Civil Veterinary Department ledger series I-VI
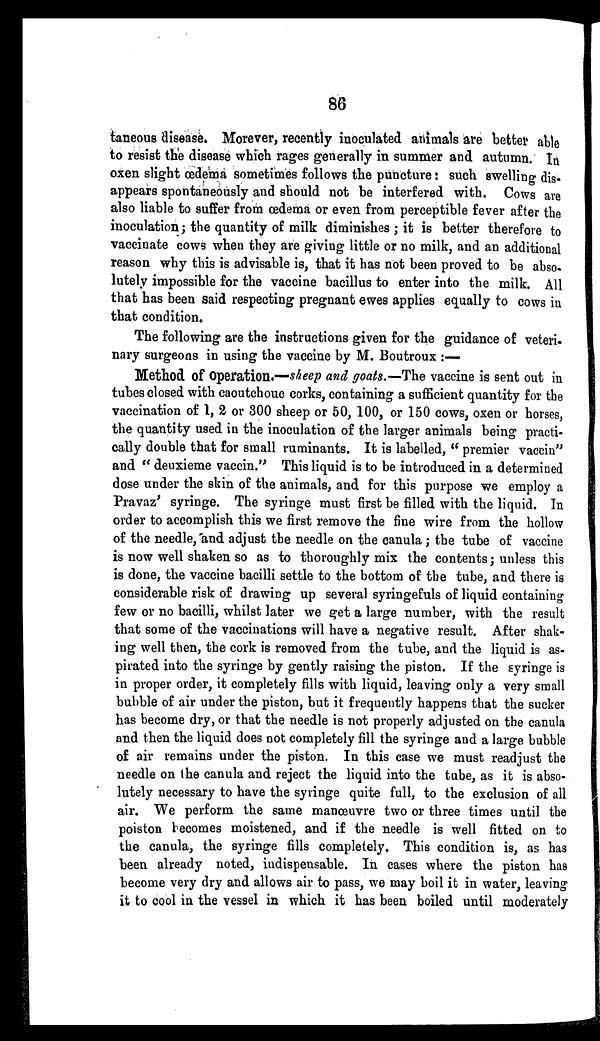
86
taneous disease. Morever, recently inoculated animals are better able
to resist the disease which rages generally in summer and autumn. In
oxen slight œdema sometimes follows the puncture: such swelling dis-
appears spontaneously and should not be interfered with. Cows are
also liable to suffer from œdema or even from perceptible fever after the
inoculation; the quantity of milk diminishes ; it is better therefore to
vaccinate cows when they are giving little or no milk, and an additional
reason why this is advisable is, that it has not been proved to be abso-
lutely impossible for the vaccine bacillus to enter into the milk. All
that has been said respecting pregnant ewes applies equally to cows in
that condition.
The following are the instructions given for the guidance of veteri-
nary surgeons in using the vaccine by M. Boutroux :—
Method of operation.—sheep and goats.—The vaccine is sent out in
tubes closed with caoutchouc corks, containing a sufficient quantity for the
vaccination of 1, 2 or 300 sheep or 50, 100, or 150 cows, oxen or horses,
the quantity used in the inoculation of the larger animals being practi-
cally double that for small ruminants. It is labelled, " premier vaccin"
and " deuxieme vaccin." This liquid is to be introduced in a determined
dose under the skin of the animals, and for this purpose we employ a
Pravaz' syringe. The syringe must first be filled with the liquid. In
order to accomplish this we first remove the fine wire from the hollow
of the needle, and adjust the needle on the canula; the tube of vaccine
is now well shaken so as to thoroughly mix the contents; unless this
is done, the vaccine bacilli settle to the bottom of the tube, and there is
considerable risk of drawing up several syringefuls of liquid containing
few or no bacilli, whilst later we get a large number, with the result
that some of the vaccinations will have a negative result. After shak-
ing well then, the cork is removed from the tube, and the liquid is as-
pirated into the syringe by gently raising the piston. If the syringe is
in proper order, it completely fills with liquid, leaving only a very small
bubble of air under the piston, but it frequently happens that the sucker
has become dry, or that the needle is not properly adjusted on the canula
and then the liquid does not completely fill the syringe and a large bubble
of air remains under the piston. In this case we must readjust the
needle on the canula and reject the liquid into the tube, as it is abso-
lutely necessary to have the syringe quite full, to the exclusion of all
air. We perform the same manœuvre two or three times until the
poiston becomes moistened, and if the needle is well fitted on to
the canula, the syringe fills completely. This condition is, as has
been already noted, indispensable. In cases where the piston has
become very dry and allows air to pass, we may boil it in water, leaving
it to cool in the vessel in which it has been boiled until moderately